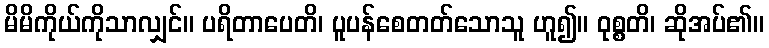
မိမိကိုယ်ကိုသာလျှင်။ ပရိတာပေတိ၊ ပူပန်စေတတ်သောသူ ဟူ၍။ ဝုစ္စတိ၊ ဆိုအပ်၏။